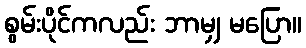
စွမ်းပိုင်ကလည်း ဘာမျှ မပြော။